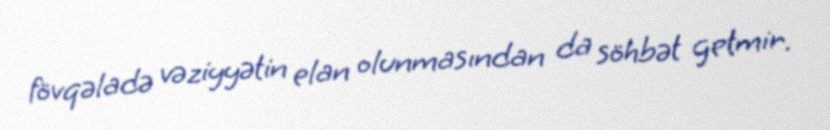
fövqəladə vəziyyətin elan olunmasından da söhbət getmir.